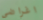
اغراضي